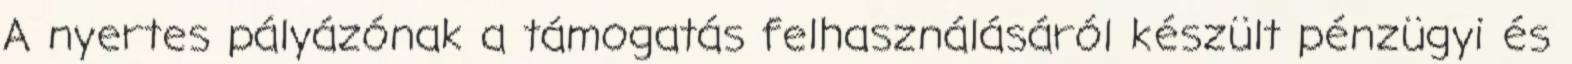
A nyertes pályázónak a támogatás felhasználásáról készült pénzügyi és